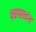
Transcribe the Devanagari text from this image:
स्वप्नभंग